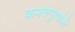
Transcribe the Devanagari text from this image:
कमलपुष्पांनी